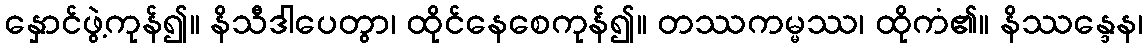
နှောင်ဖွဲ့ကုန်၍။ နိသီဒါပေတွာ၊ ထိုင်နေစေကုန်၍။ တဿကမ္မဿ၊ ထိုကံ၏။ နိဿန္ဒေန၊